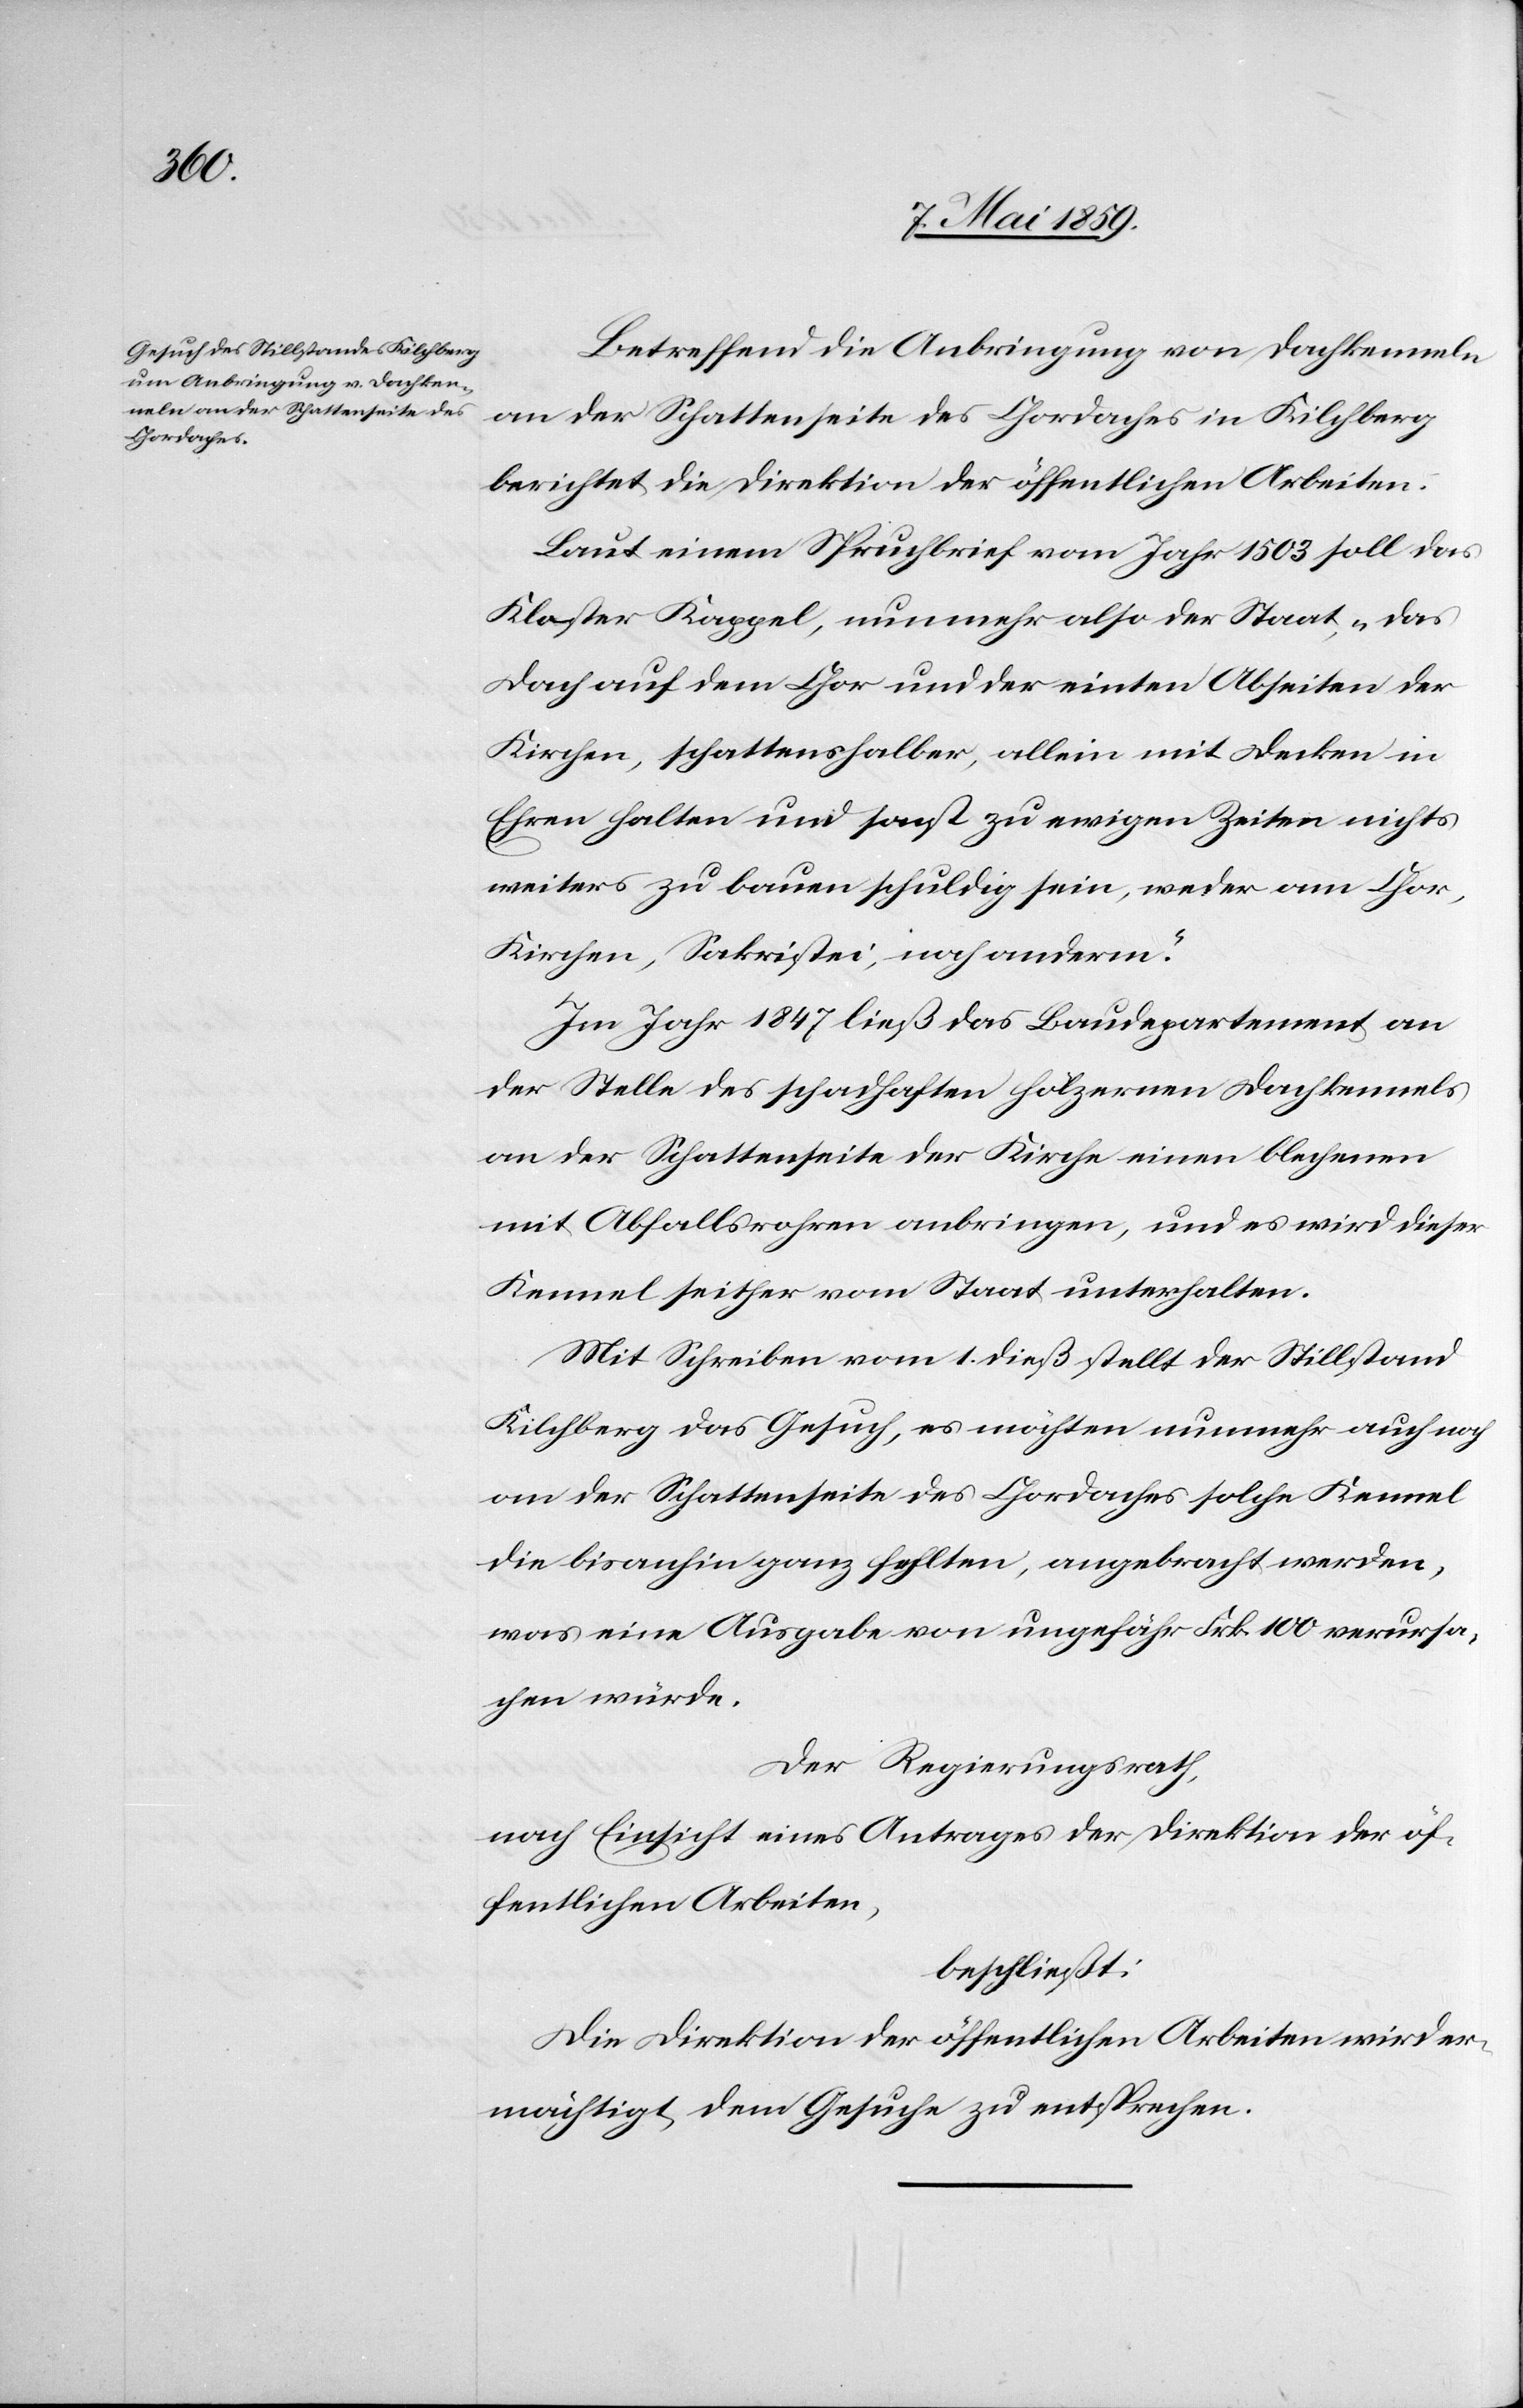
Betreffend die Anbringung von Dachkenneln
an der Schattenseite des Chordaches in Kilchberg
berichtet die Direktion der öffentlichen Arbeiten:
Laut einem Spruchbrief vom Jahr 1503 soll das
Kloster Kappel, nunmehr also der Staat, „das
Dach auf dem Chor und der einten Abseiten der
Kirchen, schattenshalber, allein mit Decken in
Ehren halten und sonst zu ewigen Zeiten nichts
weiters zu bauen schuldig sein, weder am Chor,
Kirchen, Sakristei, noch anderm“.
Im Jahr 1847 ließ das Baudepartement an
der Stelle des schadhaften hölzernen Dachkennels
an der Schattenseite der Kirche einen blechenen
mit Abfallsrohren anbringen, und es wird dieser
Kennel seither vom Staat unterhalten.
Mit Schreiben vom 1. dieß stellt der Stillstand
Kilchberg das Gesuch, es möchten nunmehr auch noch
an der Schattenseite des Chordaches solche Kennel
die bisanhin ganz fehlten, angebracht werden,
was eine Ausgabe von ungefähr Frk. 100 verursa¬
chen würde.
Der Regierungsrath,
nach Einsicht eines Antrages der Direktion der öf¬
fentlichen Arbeiten,
beschließt:
Die Direktion der öffentlichen Arbeiten wird er¬
mächtigt, dem Gesuche zu entsprechen.